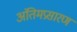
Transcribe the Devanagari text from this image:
अंतिमप्रसारण